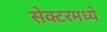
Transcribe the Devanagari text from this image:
सेक्टरमध्ये